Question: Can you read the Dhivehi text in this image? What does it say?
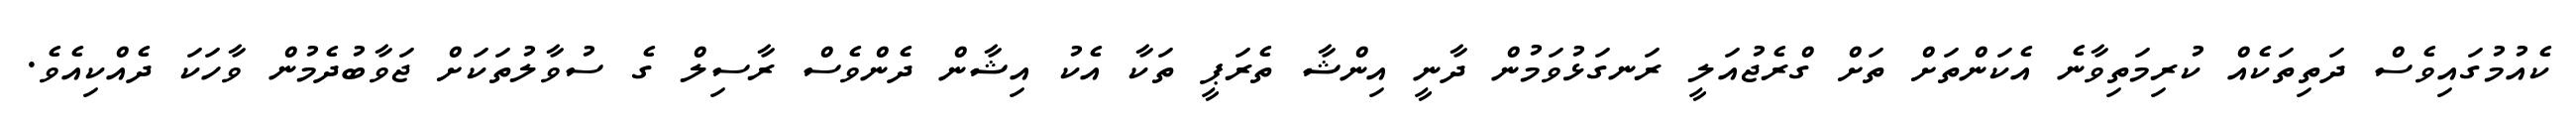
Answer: ކެއުމުގައިވެސް ދަތިތަކެއް ކުރިމަތިވާނެ އެކަންތަށް ތަށް ގްރެޖުއަލީ ރަނގަޅުވަމުން ދާނީ އިންޝާ ތެރަޕީ ތަކާ އެކު އިޝާން ދެންވެސް ރާސިލް ގެ ސުވާލުތަކަށް ޖަވާބުދެމުން ވާހަކަ ދެއްކިއެވެ.